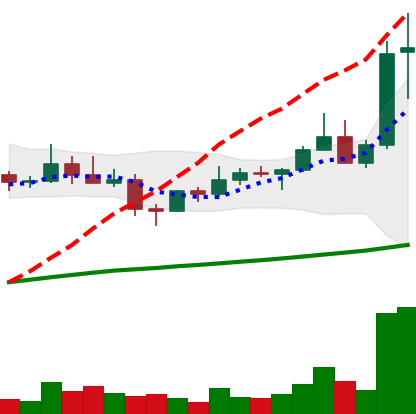
Ticker: XLM-USD
Chart end date: 2021-04-06
Forward return: 8.488%
Label: up_7plus